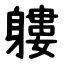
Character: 軁